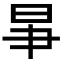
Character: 𣌦